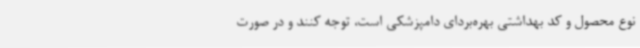
نوع محصول و کد بهداشتی بهره‌بردای دامپزشکی است، توجه کنند و در صورت